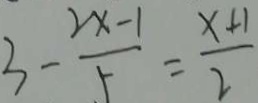
3 - \frac { 2 x - 1 } { 5 } = \frac { x + 1 } { 2 }